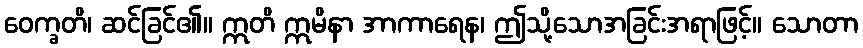
ဝေက္ခတိ၊ ဆင်ခြင်၏။ ဣတိ ဣမိနာ အာကာရေန၊ ဤသို့သောအခြင်းအရာဖြင့်။ သောတာ